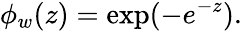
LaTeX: \phi_{w}(z)=\mathrm{exp}(-e^{-z}).